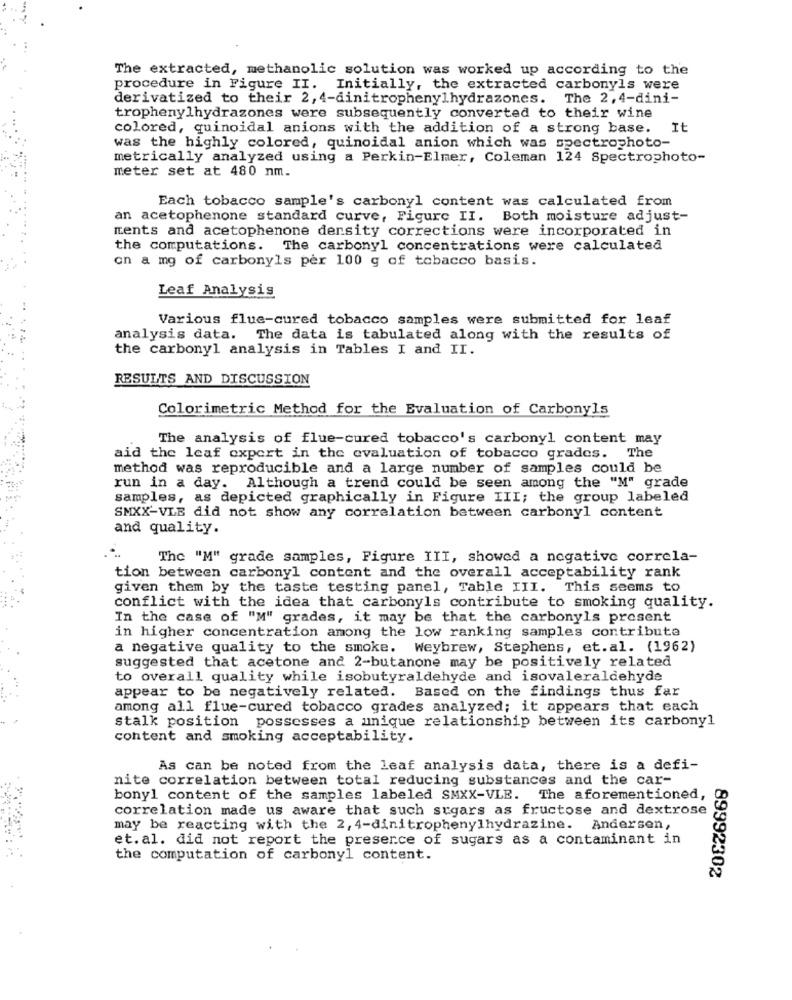
The extracted, methanolic solution was worked up according to the
procedure in Figure II. Initially, the extracted carbonyls were
derivatized to their 2, 4-dinitrophenylhydrazones. The 2, 4-dini-
trophenylhydrazones were subsequently converted to their wine
colored, quinoidal anions with the addition of a strong base.
It
was the highly colored, quinoidal anion which was spectrophoto-
metrically analyzed using a Perkin-Elmer, Coleman 124 Spectrophoto-
meter set at 480 nm.
Each tobacco sample's carbonyl content was calculated from
an acetophenone standard curve, Figure II. Both moisture adjust-
ments and acetophenone density corrections were incorporated in
the computations. The carbonyl concentrations were calculated
on a mg of carbonyls per 100 g of tobacco basis.
Leaf Analysis
Various flue-cured tobacco samples were submitted for leaf
analysis data. The data is tabulated along with the results of
the carbonyl analysis in Tables I and II.
RESULTS AND DISCUSSION
Colorimetric Method for the Evaluation of Carbonyls
The analysis of flue-cured tobacco's carbonyl content may
aid the leaf expert in the evaluation of tobacco grades. The
method was reproducible and a large number of samples could be
run in a day. Although a trend could be seen among the "M" grade
samples, as depicted graphically in Figure III; the group labeled
SMXX-VLB did not show any correlation between carbonyl content
and quality.
The "M" grade samples, Figure III, showed a negative correla-
tion between carbonyl content and the overall acceptability rank
given them by the taste testing panel, Table III. This seems to
conflict with the idea that carbonyls contribute to smoking quality.
In the case of "M" grades, it may be that the carbonyls present
in higher concentration among the low ranking samples contribute
a negative quality to the smoke. Weybrew, Stephens, et. al. (1962)
suggested that acetone and 2-butanone may be positively related
to overall quality while isobutyraldehyde and isovaleraldehyde
appear to be negatively related. Based on the findings thus far
among all flue-cured tobacco grades analyzed; it appears that each
stalk position possesses a unique relationship between its carbonyl
content and smoking acceptability.
As can be noted from the leaf analysis data, there is a defi-
nite correlation between total reducing substances and the car-
bony1 content of the samples labeled SMXX-VLE. The aforementioned,
correlation made us aware that such sugars as fructose and dextrose
may be reacting with the 2, 4-dinitrophenylhydrazine. Andersen,
et.al. did not report the presence of sugars as a contaminant in
the computation of carbonyl content.
89992302